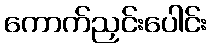
ကောက်ညှင်းပေါင်း